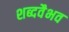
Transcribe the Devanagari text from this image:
शब्दवैभव